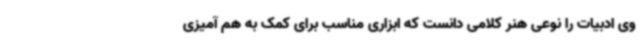
وی ادبیات را نوعی هنر کلامی دانست که ابزاری مناسب برای کمک به هم آمیزی